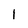
Character: I